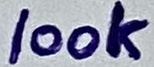
Text: 100K